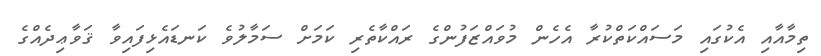
ތިމާއާއި އެކުގައި މަސައްކަތްކުރާ އެހެން މުވައްޒަފުންގެ ރައްކާތެރި ކަމަށް ސަމާލުވެ ކަނޑައެޅިފައިވާ ޤަވާޢިދެއްގެ